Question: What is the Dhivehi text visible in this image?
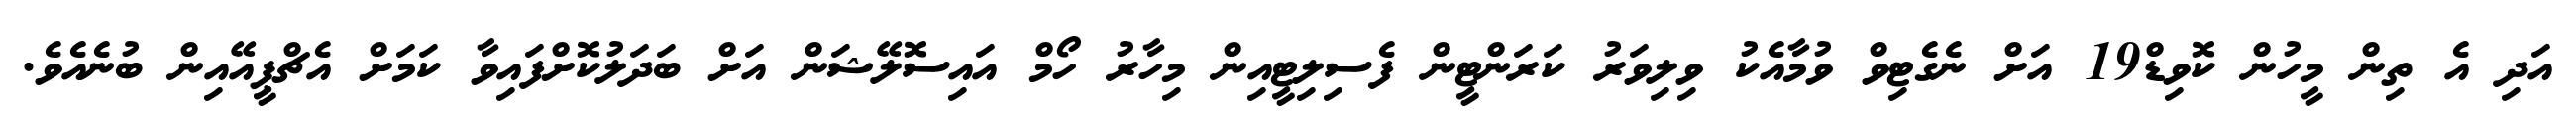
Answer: އަދި އެ ތިން މީހުން ކޮވިޑް19 އަށް ނެގެޓިވް ވުމާއެކު ވިލިވަރު ކަރަންޓީން ފެސިލިޓީއިން މިހާރު ހޯމް އައިސޮލޭޝަން އަށް ބަދަލުކޮށްފައިވާ ކަމަށް އެޗްޕީއޭއިން ބުނެއެވެ.